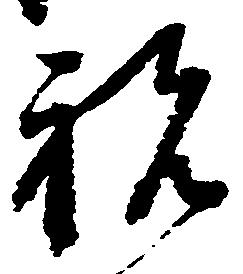
祝